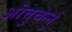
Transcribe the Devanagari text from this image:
ऒत्तुचेर्न्नु